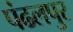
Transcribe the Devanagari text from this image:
पंढलपुर